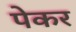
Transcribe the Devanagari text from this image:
पेकर